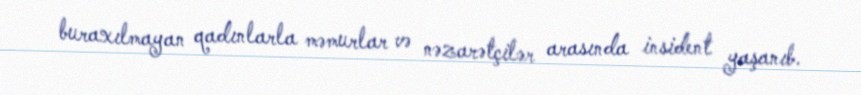
buraxılmayan qadınlarla məmurlar və nəzarətçilər arasında insident yaşanıb.